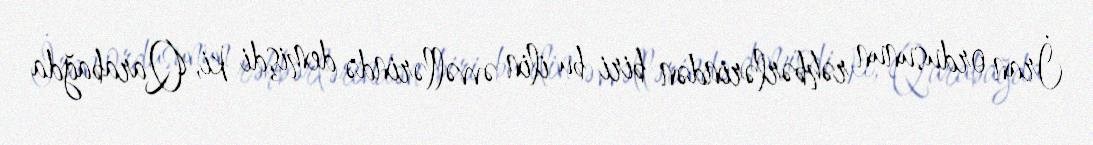
İran ordusunun rəhbərlərindən biri bu ilin əvvəllərində demişdi ki, Qarabağda